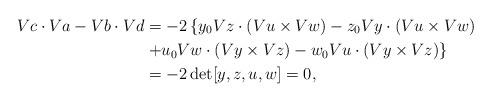
LaTeX: \begin{align*}Vc\cdot Va-Vb\cdot Vd &= -2\left\{y_0Vz\cdot\left(Vu\times Vw\right)-z_0Vy\cdot\left(Vu\times Vw\right)\right. \\ &\left. +u_0Vw\cdot\left(Vy\times Vz\right)-w_0Vu\cdot\left(Vy\times Vz\right)\right\} \\ &=-2\det [y,z,u,w]=0,\end{align*}